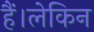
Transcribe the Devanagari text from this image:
हैं।लेकिन